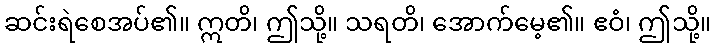
ဆင်းရဲစေအပ်၏။ ဣတိ၊ ဤသို့။ သရတိ၊ အောက်မေ့၏။ ဧဝံ၊ ဤသို့။